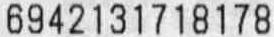
6942131718178